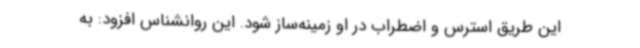
این طریق استرس و اضطراب در او زمینه‌ساز شود. این روانشناس افزود: به